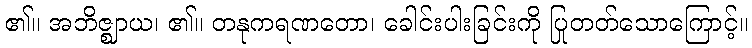
၏။ အဘိဇ္ဈာယ၊ ၏။ တနုကရဏတော၊ ခေါင်းပါးခြင်းကို ပြုတတ်သောကြောင့်။